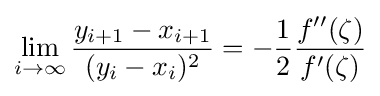
\lim _{i\to \infty }{\frac {y_{i+1}-x_{i+1}}{(y_{i}-x_{i})^{2}}}=-{\frac {1}{2}}{\frac {f''(\zeta )}{f'(\zeta )}}